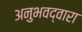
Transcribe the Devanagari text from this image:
अनुभवद्वारा